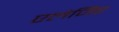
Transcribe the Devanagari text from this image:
एलेजिए